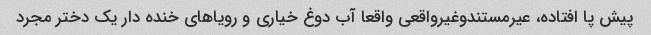
پیش پا افتاده، عیرمستندوغیرواقعی واقعا آب دوغ خیاری و رویاهای خنده دار یک دختر مجرد